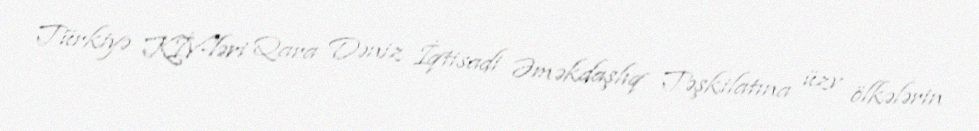
Türkiyə KİV-ləri Qara Dəniz İqtisadi Əməkdaşlıq Təşkilatına üzv ölkələrin